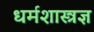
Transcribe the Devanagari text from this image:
धर्मशास्त्रज्ञ